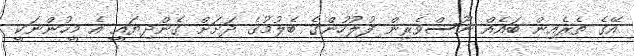
އޭގެ ތެރެއިން ބައެއް ނޫސްވެރިން ފުލުހުންގެ ބެލުމުގެ ދަށަށް ގެންދިޔައީ އެ މީހުންނަކީ